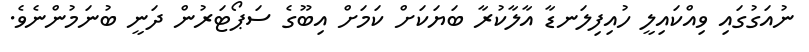
ނުއަގުގައި ވިއްކައިލީ ހުއިފިލަނޑާ އާލާކުރާ ބަޔަކަށް ކަމަށް އިބޫގެ ސަޕޯޓަރުން ދަނީ ބުނަމުންނެވެ.